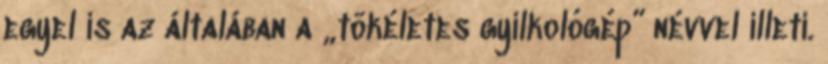
egyel is az általában a „tökéletes gyilkológép” névvel illeti.